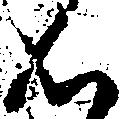
候